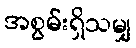
အစွမ်းရှိသမျှ